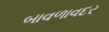
બાવળાવદર